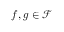
f , g \in \mathcal { F }